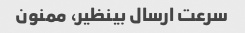
سرعت ارسال بینظیر، ممنون